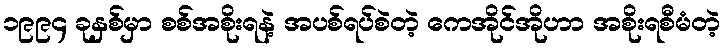
၁၉၉၄ ခုနှစ်မှာ စစ်အစိုးရနဲ့ အပစ်ရပ်စဲတဲ့ ကေအိုင်အိုဟာ အစိုးရစီမံတဲ့